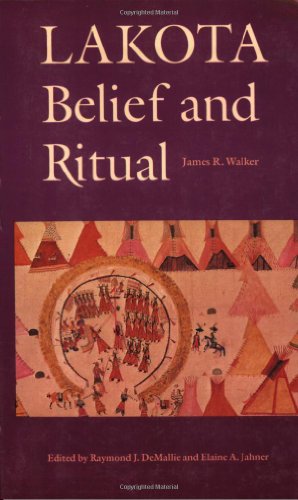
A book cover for Lakota Belief and Ritual; James R. Walker; Literature & Fiction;